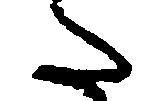
た